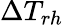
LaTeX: \Delta T_{rh}